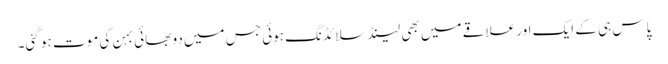
پاس ہی کے ایک اور علاقے میں بھی لینڈ سلائڈنگ ہوئی جس میں دو بھائی بہن کی موت ہو گئی۔